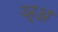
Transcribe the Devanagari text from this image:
ञ़्अ